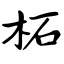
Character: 柘